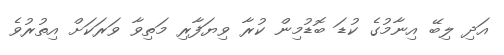
އަދި ލިބޭ އިނާމުގެ ކުޑަ ބޮޑުމިން ކުރާ ވިޔަފާރި މަތިވާ ވަރަކަށް އިތުރުވެ